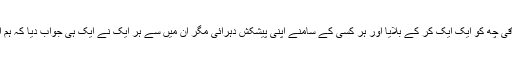
بادشاہ نے اسے الک ایک کونے میں بٹھا کر باقی چھ کو ایک ایک کر کے بلایا اور ہر کسی کے سامنے اپنی پیشکش دہرائی مگر ان میں سے ہر ایک نے ایک ہی جواب دیا کہ ہم اسلام چھوڑنے کا تصور بھی نہیں کر سکتے ۔